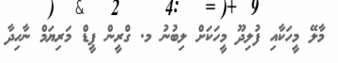
މާލޭ މީހަކާއި ފުލިދޫ މީހަކަށް ލިބުނު މ. ގްރީން ޕީޑް މަރިޔަމް ނާހިދާ